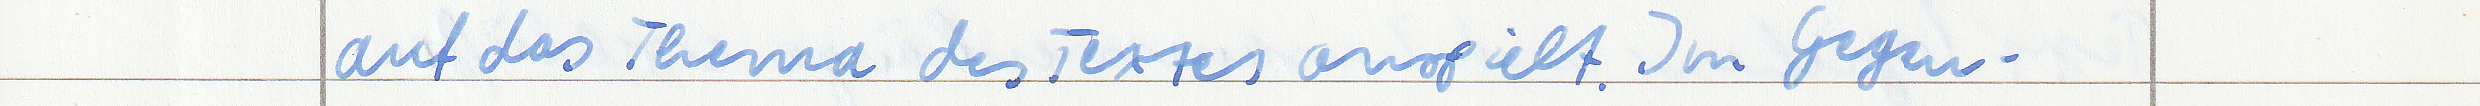
auf das Thema des Textes anspielt. Im Gegen -